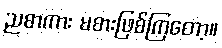
ညစာကား မစားဖြစ်ကြတော့။